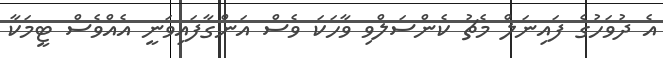
އެ ދުވަހުގެ ފައިނަލް މެޗު ކެންސަލްވި ވާހަކަ ވެސް އަންގާފައިވަނީ އެއްވެސް ޓީމަކާ